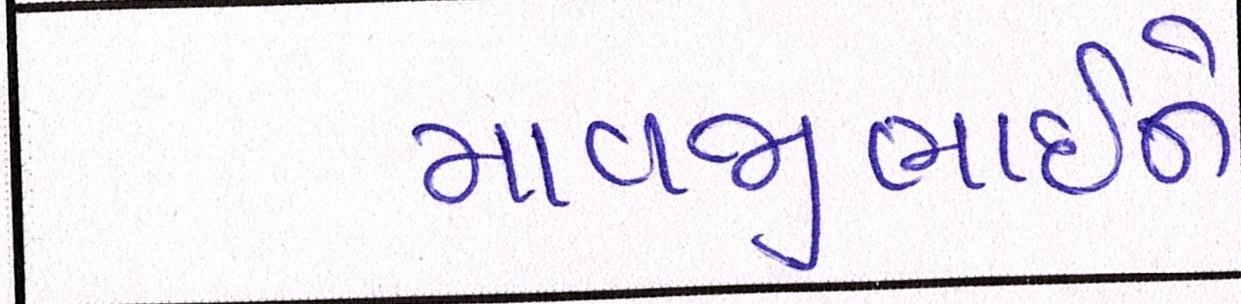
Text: માવજીભાઇને